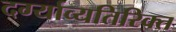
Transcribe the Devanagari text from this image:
दर्ग्याव्यतिरिक्त